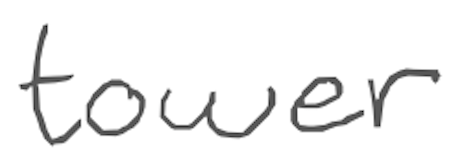
Text: tower
Cross-out: clean
Writing tool: digital_gray